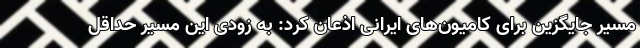
مسیر جایگزین برای کامیون‌های ایرانی اذعان کرد: به زودی این مسیر حداقل